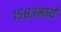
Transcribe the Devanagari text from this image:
१५८३मध्ये